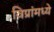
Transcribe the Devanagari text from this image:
विप्रांमध्ये